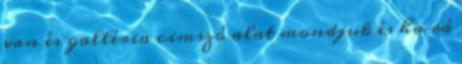
van és galléria cimszó alat mondjuk és ha rá